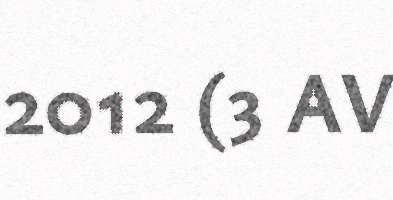
2012 (3 AV